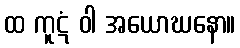
ထ ကူဋံ ဝါ အယောဃနော။